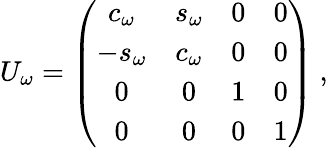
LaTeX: U_{\omega}=\left(\begin{array}{cccc}{{c_{\omega}}}&{{s_{\omega}}}&{{0}}&{{0}}\\ {{-s_{\omega}}}&{{c_{\omega}}}&{{0}}&{{0}}\\ {{0}}&{{0}}&{{1}}&{{0}}\\ {{0}}&{{0}}&{{0}}&{{1}}\end{array}\right)\ ,